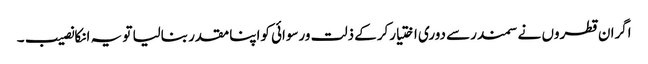
اگران قطروں نے سمندرسے دوری اختیارکرکے ذلت ورسوائی کواپنا مقدر بنالیا تو یہ انکانصیب ۔